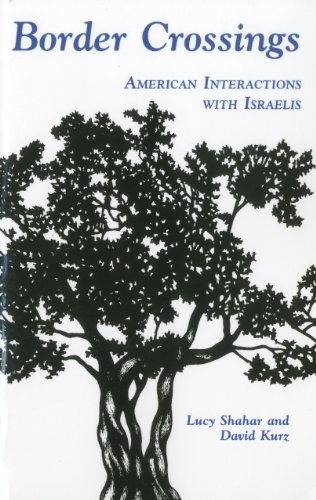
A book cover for Border Crossings: American Interactions with Israelis; Lucy Shahar; Travel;